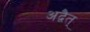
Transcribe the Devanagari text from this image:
अद्वैत्